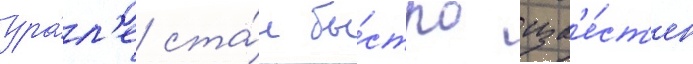
ура́л'е ста́л бы́стро изв'е́ст'ен